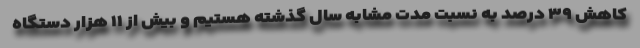
کاهش ۳۹ درصد به نسبت مدت مشابه سال گذشته هستیم و بیش از ۱۱ هزار دستگاه